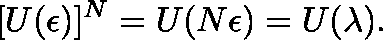
[ U ( \mathbf { \epsilon } ) ] ^ { N } = U ( N \mathbf { \epsilon } ) = U ( \mathbf { \lambda } ) .